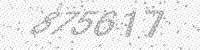
Solution: 875617